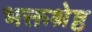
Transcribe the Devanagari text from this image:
भक्तश्रेष्ठ